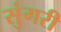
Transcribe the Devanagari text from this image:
सुंगरी